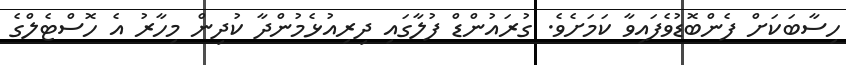
ހިސާބަކަށް ފެންބޮޑުވެފައިވާ ކަމަށެވެ. ގުރައުންޑް ފުލާގައި ދިރިއުޅެމުންދާ ކުދިން މިހާރު އެ ހޮސްޓެލްގެ